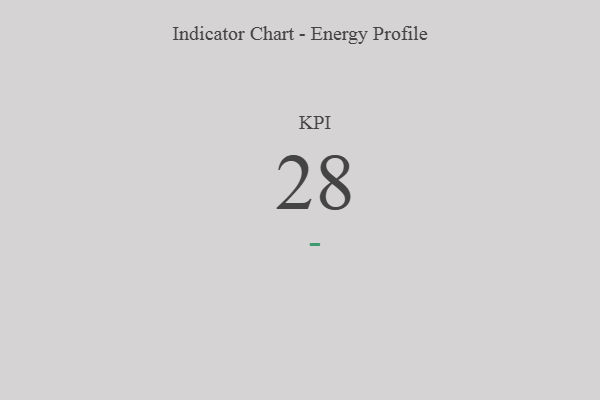
{"axis": {"x": "KPI", "y": "Value"}, "legend": [""], "data": [{"x": "KPI", "y": 28, "type": ""}]}